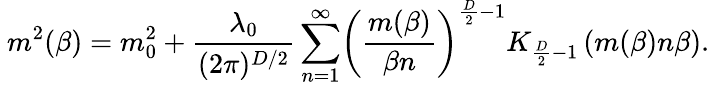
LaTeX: \ m^{2}(\beta)=m_{0}^{2}+\frac{\lambda_{0}}{(2\pi)^{D/2}}\sum_{n=1}^{\infty}\biggl(\frac{m(\beta)}{\beta n}\biggr)^{\frac{D}{2}-1}K_{\frac{D}{2}-1}\left(m(\beta)n\beta\right).